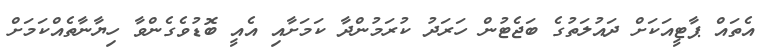
އެތައް ޕާޓީއަކަށް ދައުލަތުގެ ބަޖެޓުން ހަރަދު ކުރަމުންދާ ކަމަށާއި އެއީ ބޮޑުވެގެންވާ ހިޔާނާތެއްކަމަށް